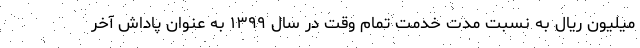
میلیون ریال به نسبت مدت خدمت تمام وقت در سال ۱۳۹۹ به عنوان پاداش آخر